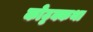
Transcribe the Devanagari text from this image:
कोट्टक्कथा